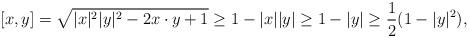
LaTeX: \begin{align*}[x,y]=\sqrt{|x|^2|y|^2-2x\cdot y+1}\geq 1-|x||y|\geq 1-|y|\geq \frac{1}{2}(1-|y|^2),\end{align*}